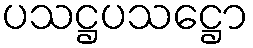
ပသဋ္ဌပသဋ္ဌော